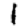
Digit: 1